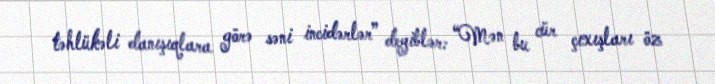
təhlükəli danışıqlara görə səni incidərlər” deyiblər: “Mən bu cür çıxışları öz